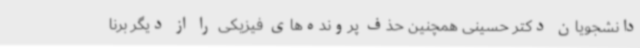
دانشجویان دکتر حسینی همچنین حذف پرونده‌های فیزیکی را از دیگر برنا